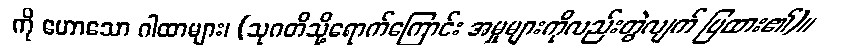
ကို ဟောသော ဂါထာများ၊ (သုဂတိသို့ရောက်ကြောင်း အမှုများကိုလည်းတွဲလျက် ပြထား၏)။